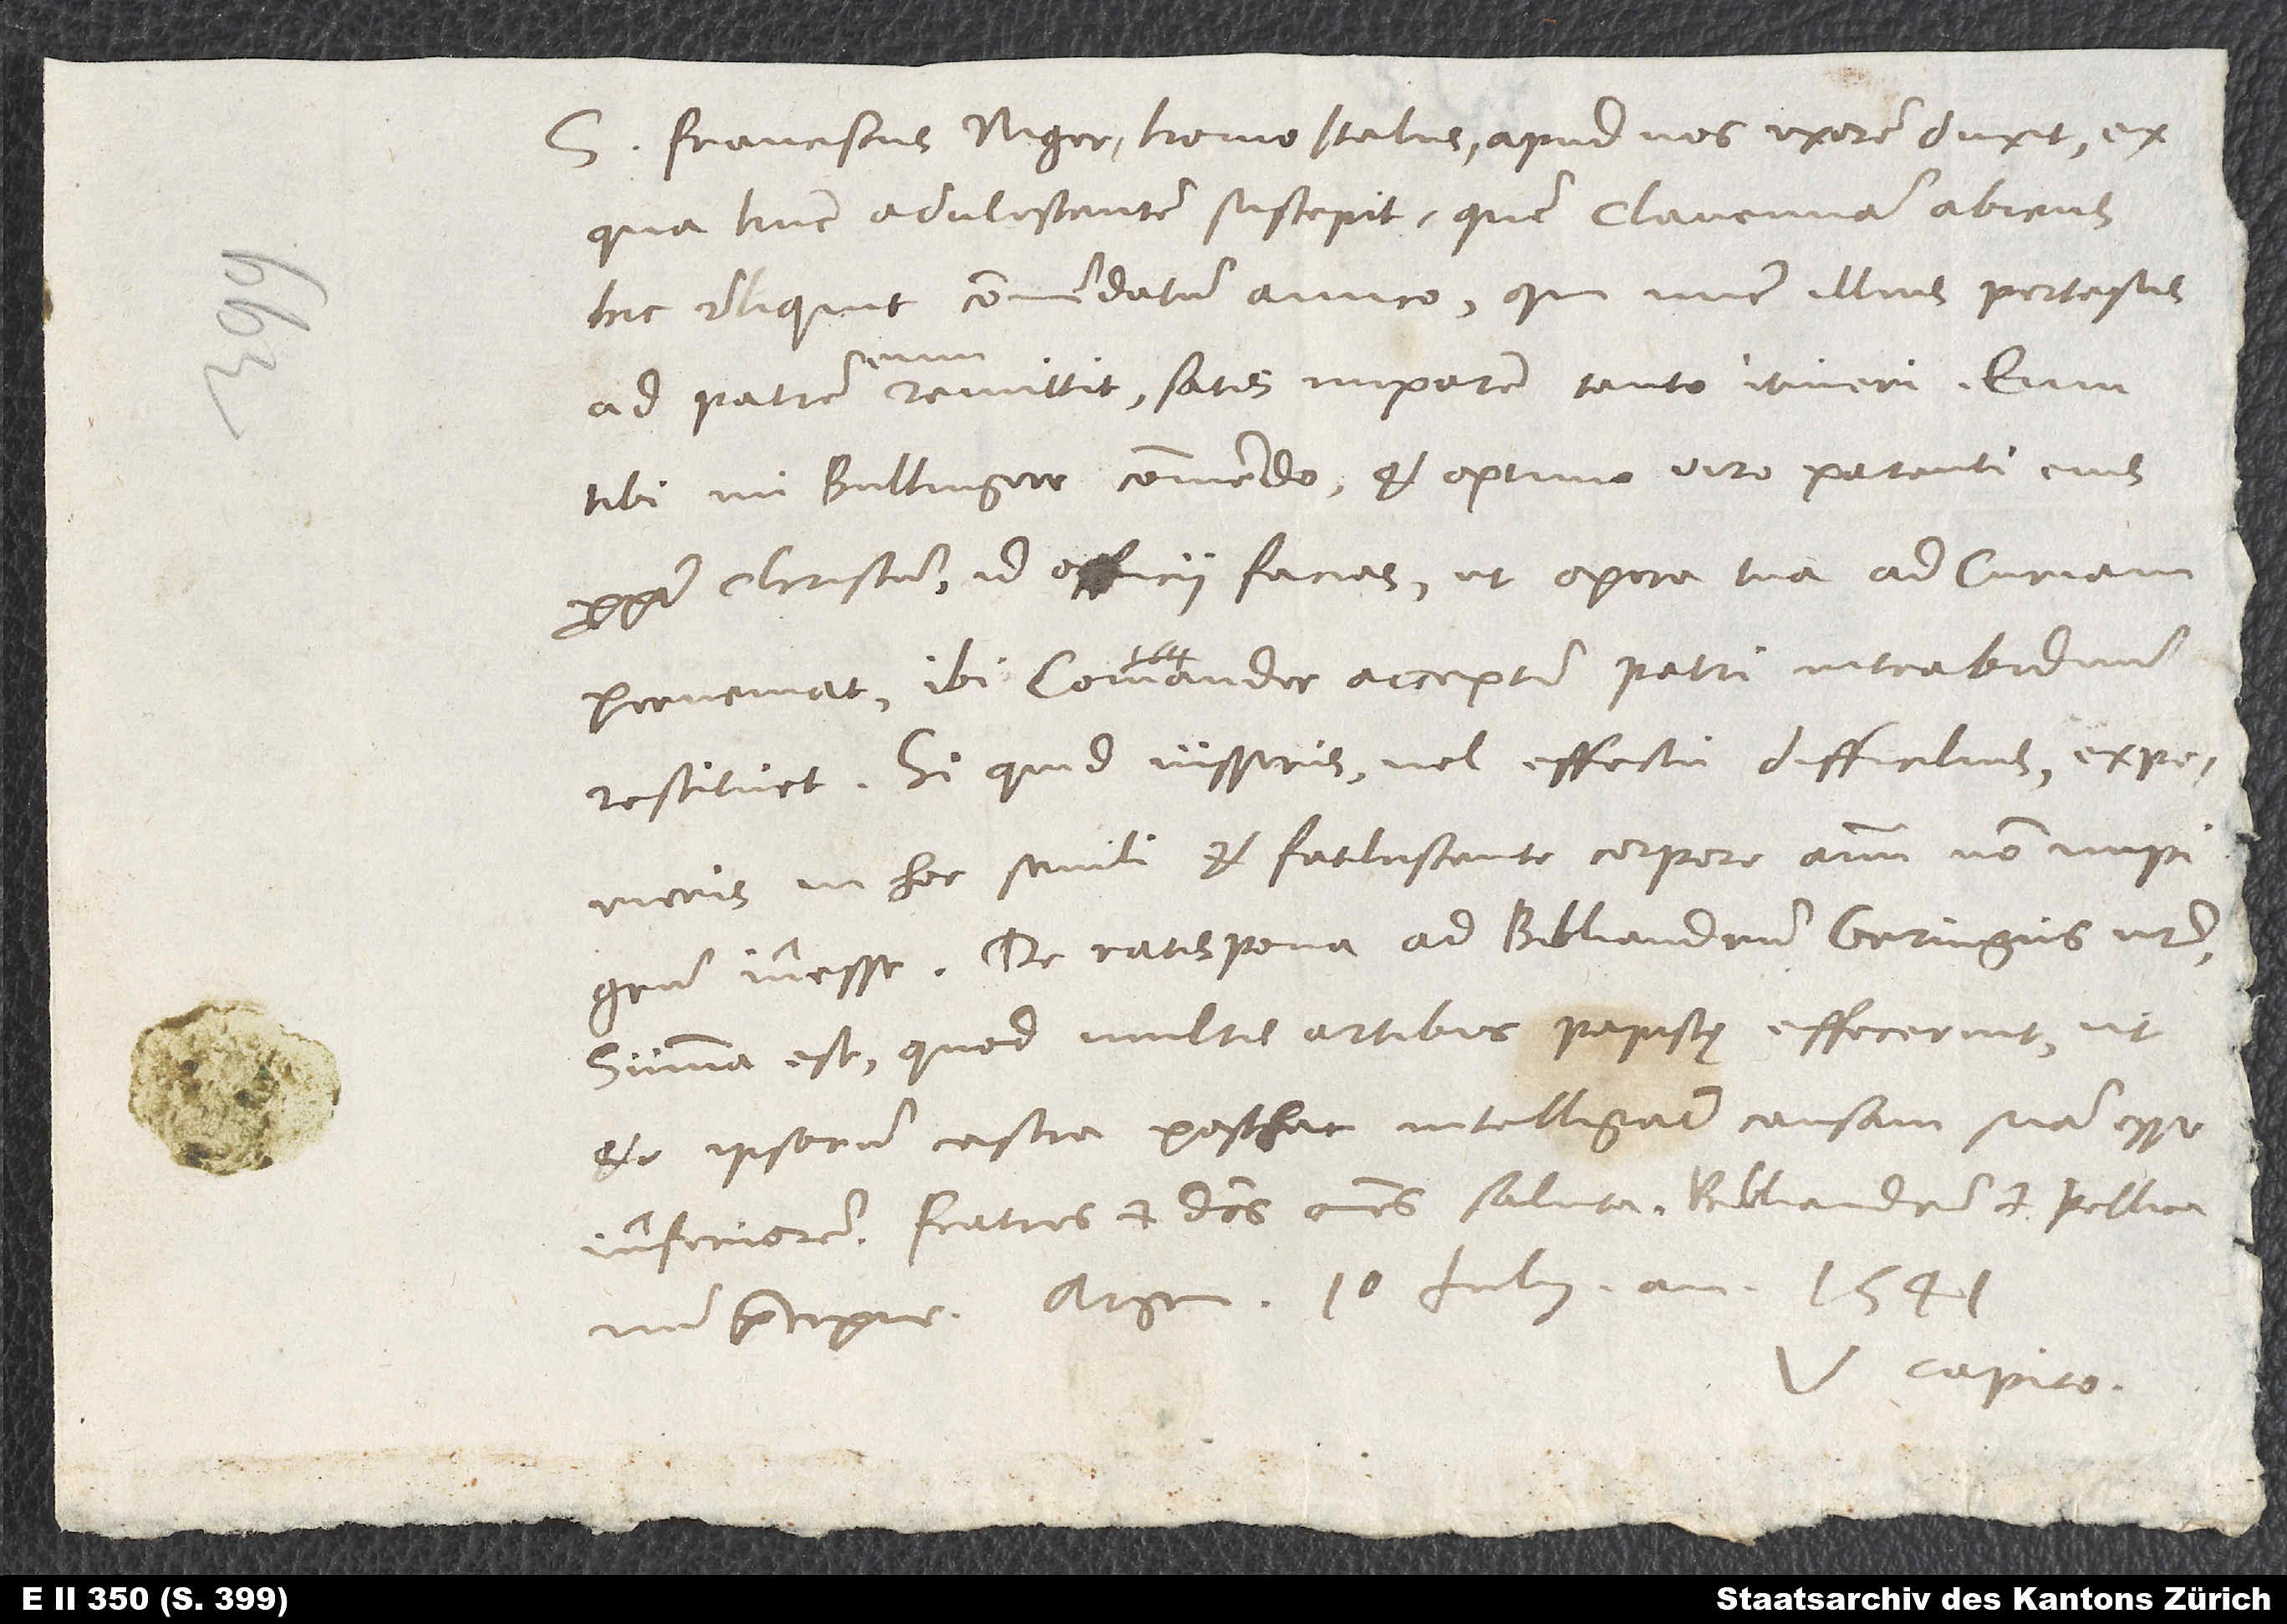
S. Franciscus Niger, homo Italus, apud nos uxorem duxit, ex
qua hunc adulescentem suscepit, quem Clavennam abiens
hic reliquit commendatum amico, qui nunc illius pertesus
ad patrem eum remittit satis impotem tanto itineri. Eum
tibi, mi Bullingere, commendo, et optimo viro parenti eius
propter Christum id officii facias, ut opera tua ad Curiam
perveniat; ibi Comander acceptum patri intra biduum
restituet. Si quid iusseris vel effectu difficilius, experieris
hoc senili et fetulescente corpore animum non impigrum
inesse. De Ratispona ad Bibliandrum Geringius noster.
Summa est, quod multis artibus papistę effecerint, ut
et ipsorum castra posthac intelligant causam suam esse
inferiorem. Fratres et dominos omnes saluta, Bibliandrum et Pellicanum
praecipue. Argen, 10. iulii anno 1541.
Capito.